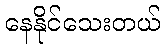
နေနိုင်သေးတယ်